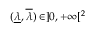
( \underline { { \lambda } } , \overline { { \lambda } } ) \in ] 0 , + \infty [ ^ { 2 }